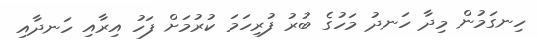
ހިނގަމުން މިދާ ހަނދު މަހުގެ ބުރު ފުރިހަމަ ކުރުމަށް ފަހު އިރާއި ހަނދާއި